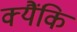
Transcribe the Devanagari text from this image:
क्यैंकि